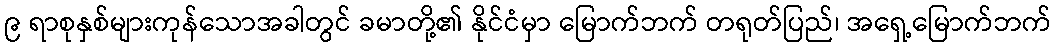
၉ ရာစုနှစ်များကုန်သောအခါတွင် ခမာတို့၏ နိုင်ငံမှာ မြောက်ဘက် တရုတ်ပြည်၊ အရှေ့မြောက်ဘက်